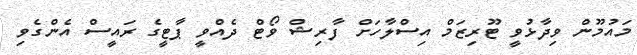
މައުމޫން ވިދާޅުވީ ޓޫރިޒަމް އިސްލާހަށް ފާރިޝް ވޯޓް ދެއްވީ ޕާޓީގެ ރައީސް އެންގެވި